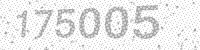
Solution: 175005